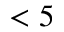
< 5